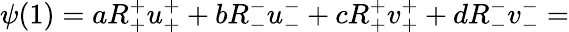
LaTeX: \psi(1)=aR_{+}^{+}u_{+}^{+}+bR_{-}^{-}u_{-}^{-}+cR_{+}^{+}v_{+}^{+}+dR_{-}^{-}v_{-}^{-}=